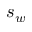
s _ { w }